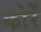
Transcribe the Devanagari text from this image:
कोरें